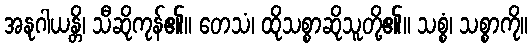
အနုဂါယန္တိ၊ သီဆိုကုန်၏။ တေသံ၊ ထိုသစ္စာဆိုသူတို့၏။ သစ္စံ၊ သစ္စာကို။